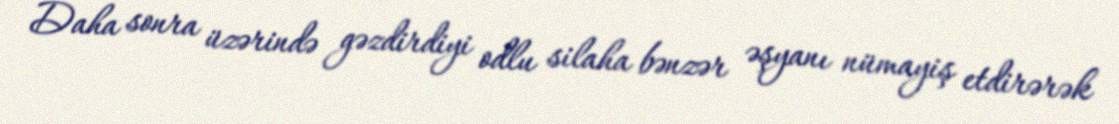
Daha sonra üzərində gəzdirdiyi odlu silaha bənzər əşyanı nümayiş etdirərək